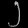
Digit: ၂